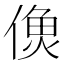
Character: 𩵑